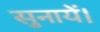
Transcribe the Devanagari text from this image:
सुनायें।